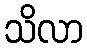
သိလာ